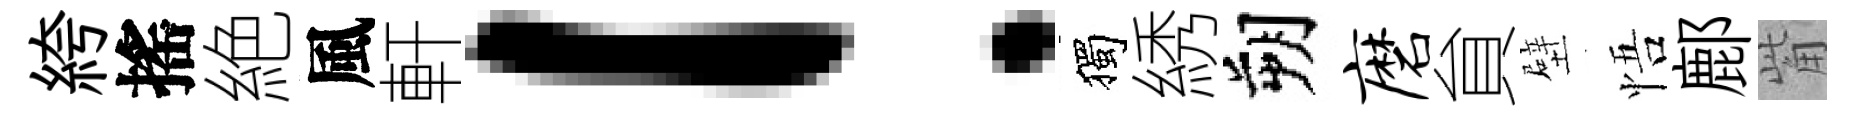
絝搖絶風軒！獨綉朔磨貟壁悟鄜觜